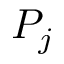
P _ { j }